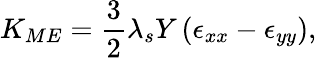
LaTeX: K_{ME}=\frac{3}{2}\lambda_{s}Y\left(\epsilon_{xx}-\epsilon_{yy}\right),